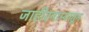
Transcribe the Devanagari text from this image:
जाहीरनाम्यातून